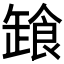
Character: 𩛒